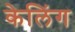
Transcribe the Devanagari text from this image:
केलिंग